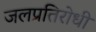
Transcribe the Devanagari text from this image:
जलप्रतिरोधी